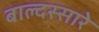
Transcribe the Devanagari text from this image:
बाल्दस्सारे